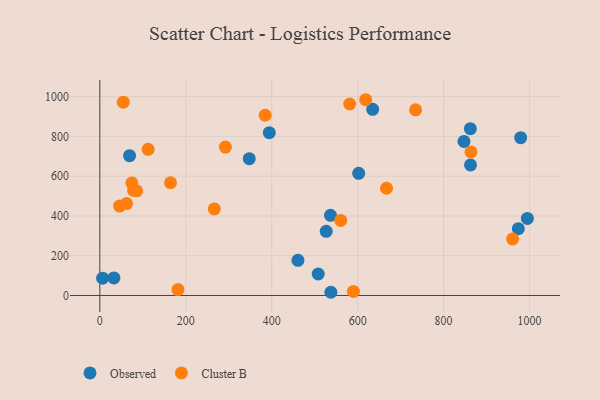
{"axis": {"x": "Study Hours", "y": "Yield"}, "legend": ["Cluster B", "Observed"], "data": [{"x": "979.3", "y": 793.8, "type": "Observed"}, {"x": "862.2", "y": 838.8, "type": "Observed"}, {"x": "973.9", "y": 335.8, "type": "Observed"}, {"x": "32.8", "y": 88.5, "type": "Observed"}, {"x": "847.4", "y": 774.7, "type": "Observed"}, {"x": "862.6", "y": 656.6, "type": "Observed"}, {"x": "347.7", "y": 687.9, "type": "Observed"}, {"x": "508.2", "y": 108.0, "type": "Observed"}, {"x": "536.8", "y": 403.0, "type": "Observed"}, {"x": "526.8", "y": 322.7, "type": "Observed"}, {"x": "634.9", "y": 935.9, "type": "Observed"}, {"x": "6.5", "y": 87.2, "type": "Observed"}, {"x": "537.7", "y": 16.1, "type": "Observed"}, {"x": "602.4", "y": 614.1, "type": "Observed"}, {"x": "461.0", "y": 176.9, "type": "Observed"}, {"x": "394.3", "y": 818.7, "type": "Observed"}, {"x": "994.9", "y": 387.3, "type": "Observed"}, {"x": "69.2", "y": 703.2, "type": "Observed"}, {"x": "960.5", "y": 284.0, "type": "Cluster B"}, {"x": "590.2", "y": 20.4, "type": "Cluster B"}, {"x": "581.5", "y": 962.9, "type": "Cluster B"}, {"x": "46.1", "y": 449.8, "type": "Cluster B"}, {"x": "62.2", "y": 462.3, "type": "Cluster B"}, {"x": "164.5", "y": 566.9, "type": "Cluster B"}, {"x": "85.4", "y": 526.2, "type": "Cluster B"}, {"x": "618.7", "y": 984.4, "type": "Cluster B"}, {"x": "560.6", "y": 377.6, "type": "Cluster B"}, {"x": "112.4", "y": 735.0, "type": "Cluster B"}, {"x": "384.8", "y": 906.4, "type": "Cluster B"}, {"x": "181.8", "y": 29.9, "type": "Cluster B"}, {"x": "54.5", "y": 972.2, "type": "Cluster B"}, {"x": "78.6", "y": 528.9, "type": "Cluster B"}, {"x": "266.3", "y": 435.4, "type": "Cluster B"}, {"x": "667.1", "y": 539.2, "type": "Cluster B"}, {"x": "74.5", "y": 566.1, "type": "Cluster B"}, {"x": "292.2", "y": 746.1, "type": "Cluster B"}, {"x": "863.6", "y": 721.9, "type": "Cluster B"}, {"x": "734.8", "y": 933.6, "type": "Cluster B"}]}